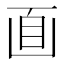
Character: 𠚑